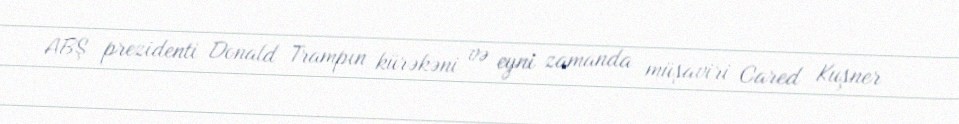
ABŞ prezidenti Donald Trampın kürəkəni və eyni zamanda müşaviri Cared Kuşner